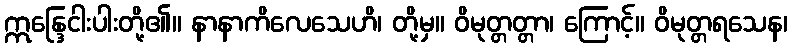
ဣန္ဒြေငါးပါးတို့၏။ နာနာကိလေသေဟိ၊ တို့မှ။ ဝိမုတ္တတ္တာ၊ ကြောင့်။ ဝိမုတ္တရသေန၊